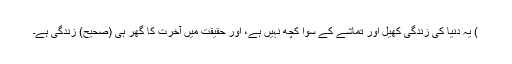
) یہ دنیا کی زندگی کھیل اور تماشے کے سوا کچھ نہیں ہے، اور حقیقت میں آخرت کا گھر ہی (صحیح) زندگی ہے۔